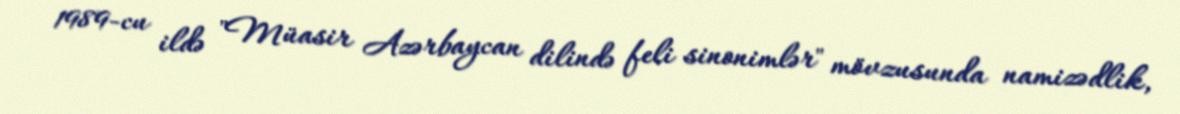
1989-cu ildə "Müasir Azərbaycan dilində feli sinonimlər" mövzusunda namizədlik,